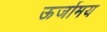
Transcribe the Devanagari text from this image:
ऊर्जामय